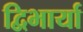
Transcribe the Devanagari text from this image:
द्विभार्या